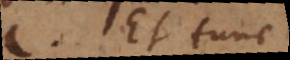
etc. Et tunc